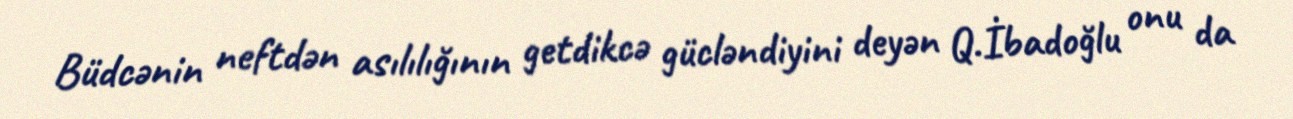
Büdcənin neftdən asılılığının getdikcə gücləndiyini deyən Q.İbadoğlu onu da